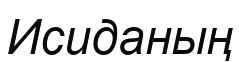
Исиданың